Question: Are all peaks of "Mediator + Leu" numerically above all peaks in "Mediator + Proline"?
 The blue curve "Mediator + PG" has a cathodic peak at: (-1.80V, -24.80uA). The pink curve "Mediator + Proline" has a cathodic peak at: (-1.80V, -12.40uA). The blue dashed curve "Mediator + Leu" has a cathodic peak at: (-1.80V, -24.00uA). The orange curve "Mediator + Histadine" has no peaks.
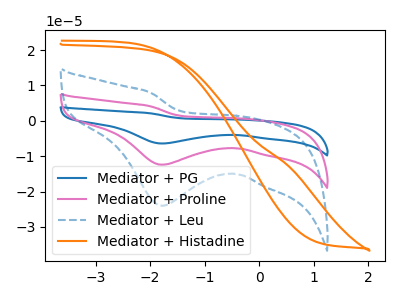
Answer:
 <answer>Every peak in "Mediator + Leu" is higher than every peak in "Mediator + Proline".</answer>
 <eval>higher</eval>